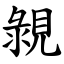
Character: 䚄